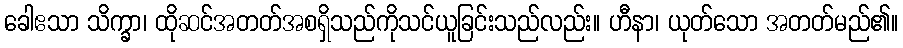
ခေါဧသာ သိက္ခာ၊ ထိုဆင်အတတ်အစရှိသည်ကိုသင်ယူခြင်းသည်လည်း။ ဟီနာ၊ ယုတ်သော အတတ်မည်၏။